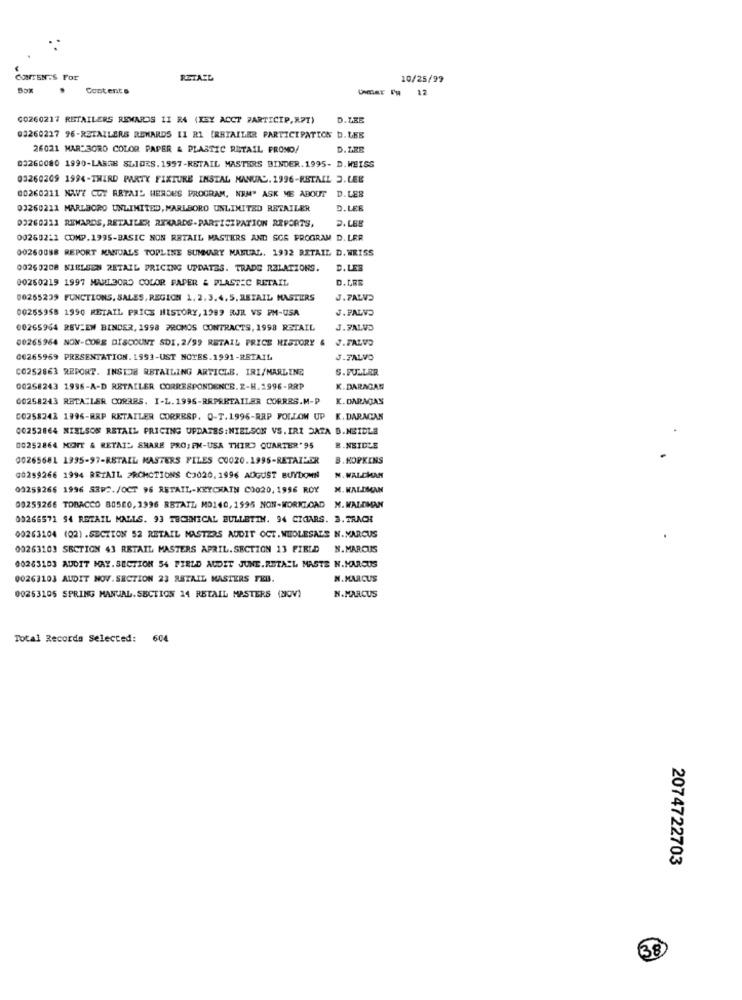
CONTEN.S For
RETAIL
10/25/99
Contents
12
CO260217 RETAILERS REMNOS II B4 (KEY ACCT PARTICIP, RPT)
D.LEE
03260227 96-RETAILERS REWARDS II RI (RETAILER PARTICIPATION b.LEB
26021 MAR 3ORO COLOR PAPER & PLASTIC RETAIL PROMO/
D.LZE
03260080 1990-LARGE SLIDES.1997-RETAIL MASTERS BINDER.1995- D.WEISS
03260209 1994-THIRD PARTY FIXTURE INSTAL MANUAL. 1996-RETAIL 3.LEE
00260211 NAVY COY RETAIL HEROES PROGRAM, NEM" ASK ME ABOUT D. LES
03260211 MARLBORO UNLIMITED, MARLBORO UNLIMITED RETAILER
D.LEE
03260221 REWARDS, RETAILER RYKAADS-PARTICIPATION REPORTS,
D.LBE
00250221 COMP.1995-BASIC NON RETAIL MASTERS AND SOS PROGRAM D. LER
00260088 REPORT MANUALS TOPLINE SUMMARY MANUAL. 1932 BETAIL D. WEISS
00250208 NIELSEN RETAIL PRICING UPDATES. TRADE RELATIONS.
D.LES
00250219 1997 MARIJORD COLOR PAPER & PLASTIC RETAIL
D.LRE
00265239 FUNCTIONS, SALES, REGICH 1. 2. 3.4,5, RETAIL MASTERS
J.FALVO
00255958 1990 RETAIL PRICE HISTORY, 1999 RJR VS PM-USA
J.PALVO
00265964 REVIEW BINDER, 1998 7ROMOS CONTRACTS, 1998 RETAIL
J.FALVO
00265964 NON-CORE DISCOUNT SDI. 2/99 RETAIL PRICE HISTORY & J.FALVO
00265959 PRESENTATION. 1993-UST NOTES.1991-RETAIL
J.FALVO
CO252863 REPORT. INSTOR RETAILING ARTICLE. IRI/MARLING
S. FULLAR
00258243 1996-A-D RETAILER CORRESPONDENCE.2-H.1996-RRP
K. DARAGAN
00258243 RETAILER CORARS. I-L.1996-RAPRETAILER CORRES.M-P
K. DARAGAS
CO258242 1996-RAP RETAILER CORRESP. Q-T.1996-RAP FOLLOW UP K.DARAGAN
00252864 NIELSON RETAIL PRICING UPDATES: NIELSON VS.IRI DATA D.NEIDLE
00252864 MONT & RETAIL SHARE PRO; FM-USA THIRD QUARTER'95
B.NEIDLE
00265681 1995-97-RETAIL MASTERS FILES C0020.1995-RETAILER
B. HOPKINS
00259266 1994 RETAIL FROMCTIONS C3020,1996 AUGUST BUYDOWN
M. WAL-CHAN
03259266 1996 S3PC./OCT 96 RETAIL-KEYCHAIN CO020, 1996 ROY
M. WALDMAN
00259266 TOBACCO 80560, 1996 RBTATL MO140, 1995 NON-WORKLOAD N. WALDMAN
09266571 94 RETAIL MALLS. 93 TECHNICAL BULLETIN. 94 CIGARS. 3. TRACH
00263104 (02) .SECTION 52 RETAIL MASTERS AUDIT OCT.WHOLESALE N. MARCUS
00263103 SECTION 43 RETAIL MASTERS APRIL. SECTION 13 FIELD N.MARCUS
00263103 AUDIT MAY. SECTION 54 FIELD AUDIT JUNE.RETASL MASTE N.MARCUS
00263103 AUDIT NOV. SECTION 23 RETAIL MASTERS FEB.
N.MARCUS
00263105 SPRING MANUAL.SECTION 14 RETAIL MASTERS (20V)
N.MARCUS
Total Recorda Selected:
604
2074722703
38